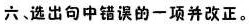
六、选出句中错误的一项并改正。